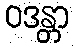
ဝဒန္တာ